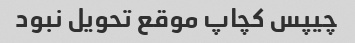
چیپس کچاپ موقع تحویل نبود